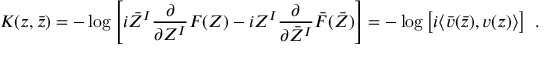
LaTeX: K ( z , \bar { z } ) = - \log \left[ i \bar { Z } ^ { I } \frac { \partial } { \partial Z ^ { I } } F ( Z ) - i Z ^ { I } \frac { \partial } { \partial \bar { Z } ^ { I } } \bar { F } ( \bar { Z } ) \right] = - \log \left[ i \langle \bar { v } ( \bar { z } ) , v ( z ) \rangle \right] \ .